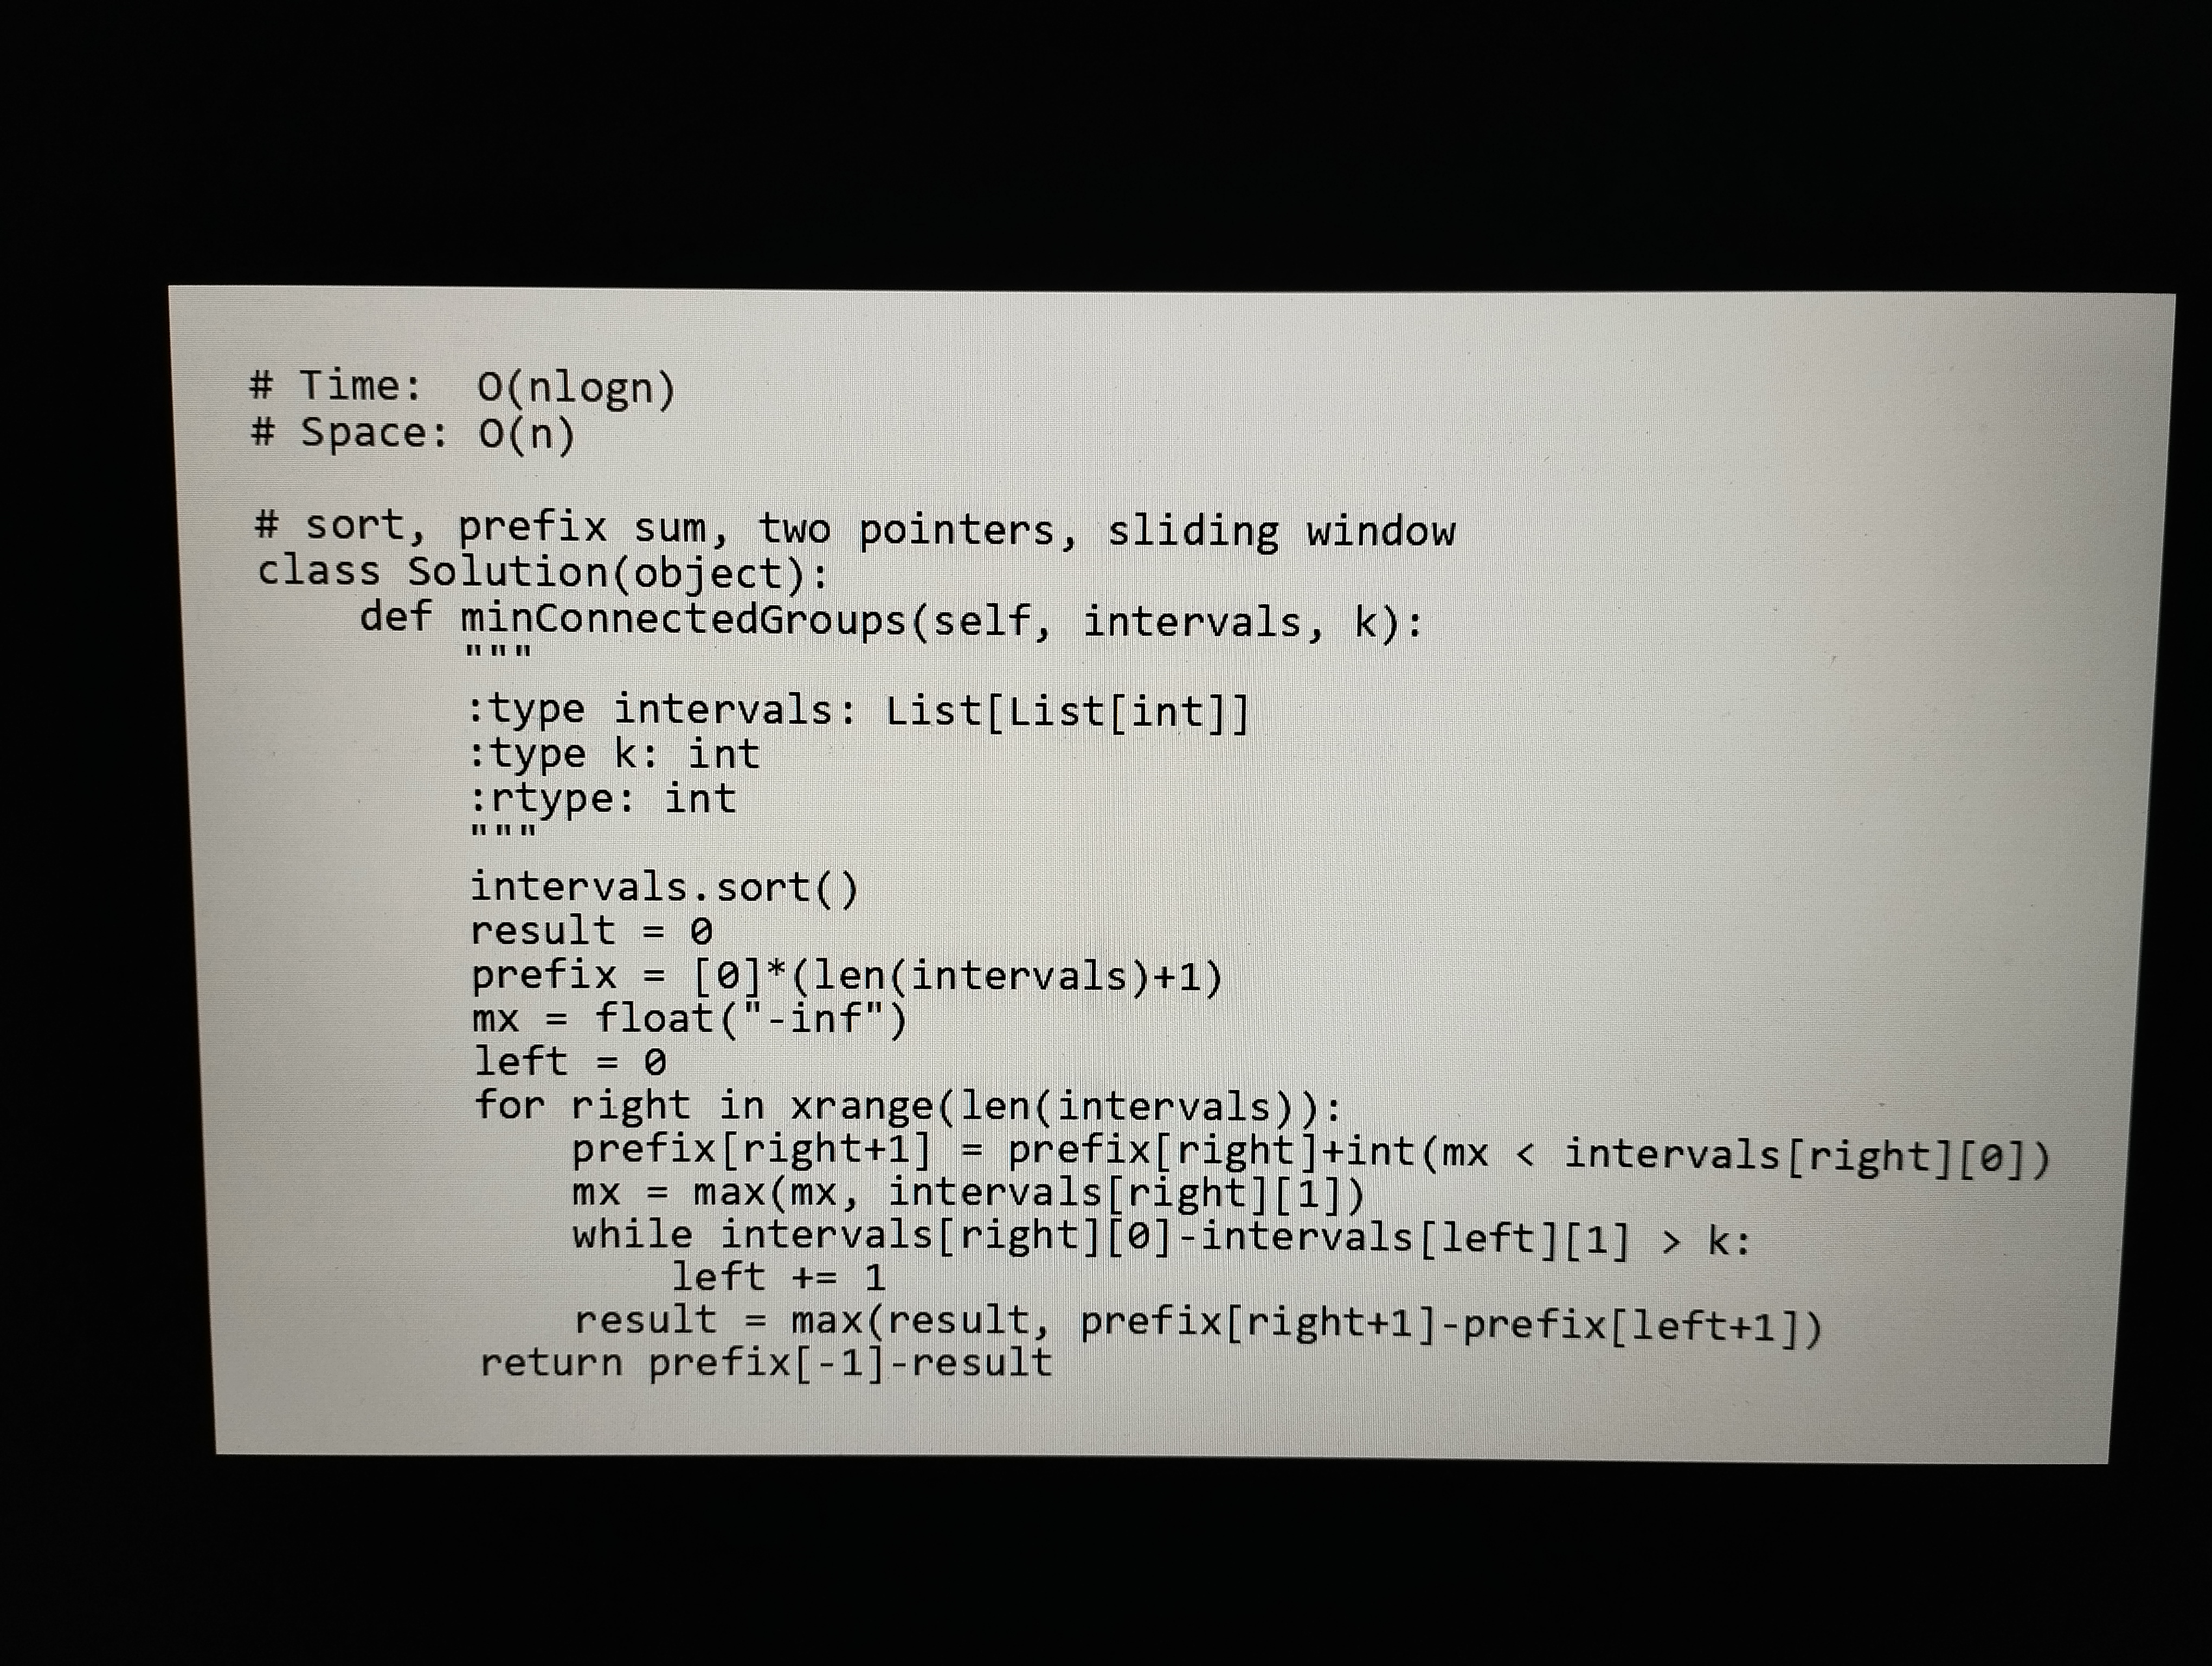
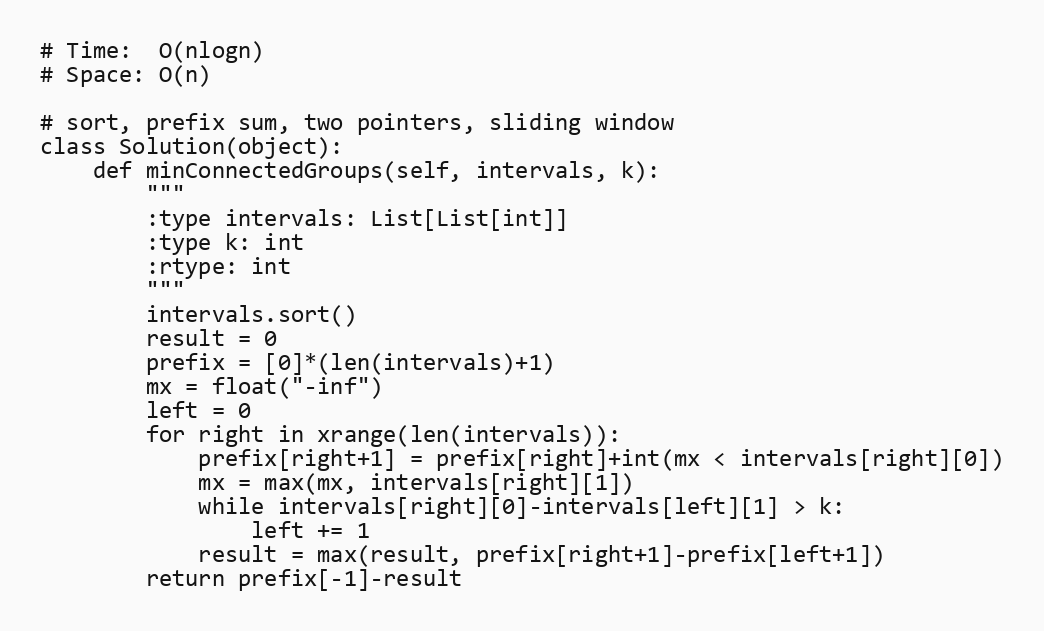
# Time:  O(nlogn)
# Space: O(n)

# sort, prefix sum, two pointers, sliding window
class Solution(object):
    def minConnectedGroups(self, intervals, k):
        """
        :type intervals: List[List[int]]
        :type k: int
        :rtype: int
        """
        intervals.sort()
        result = 0
        prefix = [0]*(len(intervals)+1)
        mx = float("-inf")
        left = 0
        for right in xrange(len(intervals)):
            prefix[right+1] = prefix[right]+int(mx < intervals[right][0])
            mx = max(mx, intervals[right][1])
            while intervals[right][0]-intervals[left][1] > k:
                left += 1
            result = max(result, prefix[right+1]-prefix[left+1])
        return prefix[-1]-result